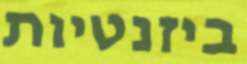
ביזנטיות